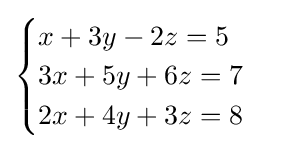
{\begin{cases}x+3y-2z=5\\3x+5y+6z=7\\2x+4y+3z=8\end{cases}}